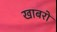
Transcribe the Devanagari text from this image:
खाबरों